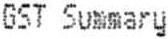
GST SUMMARY